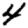
Digit: 4